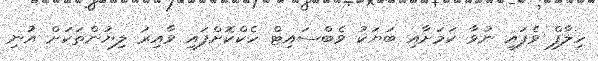
ހިލާފް ވެފައި ނުވާ ކަމަށާއި ބަޔަކު ވެބްސައިޓް ހެކްކޮށްފައި ވާއިރު ލިޔުންތަކަށް އުނި